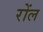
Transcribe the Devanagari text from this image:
रोंल